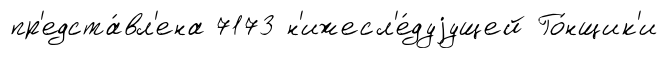
пр'едста́вл'ена 7173 н'ижесл'е́дуjущей Го́нщик'и